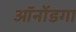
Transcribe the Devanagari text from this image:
ऑनोंडगा